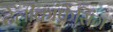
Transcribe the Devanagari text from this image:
टेलीकांफ्रेंसिंग